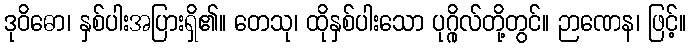
ဒုဝိဓော၊ နှစ်ပါးအပြားရှိ၏။ တေသု၊ ထိုနှစ်ပါးသော ပုဂ္ဂိုလ်တို့တွင်။ ဉာဏေန၊ ဖြင့်။